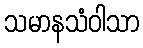
သမာနသံဝါသာ